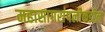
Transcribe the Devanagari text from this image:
महासागरांपलीकडील